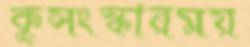
কুসংস্কারময়